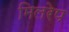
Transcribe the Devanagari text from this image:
मिलरेप